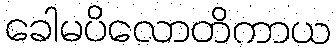
ခေါမပိလောတိကာယ